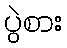
ပွဲစား